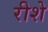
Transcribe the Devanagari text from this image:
रीशे